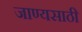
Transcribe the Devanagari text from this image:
जाण्यसाठी